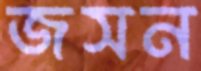
জসন